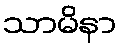
သာမိနာ